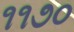
૧૧૭૦